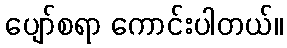
ပျော်စရာ ကောင်းပါတယ်။